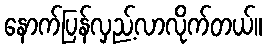
နောက်ပြန်လှည့်လာလိုက်တယ်။